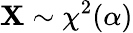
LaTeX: \mathbf{X}\sim\chi^{2}(\alpha)